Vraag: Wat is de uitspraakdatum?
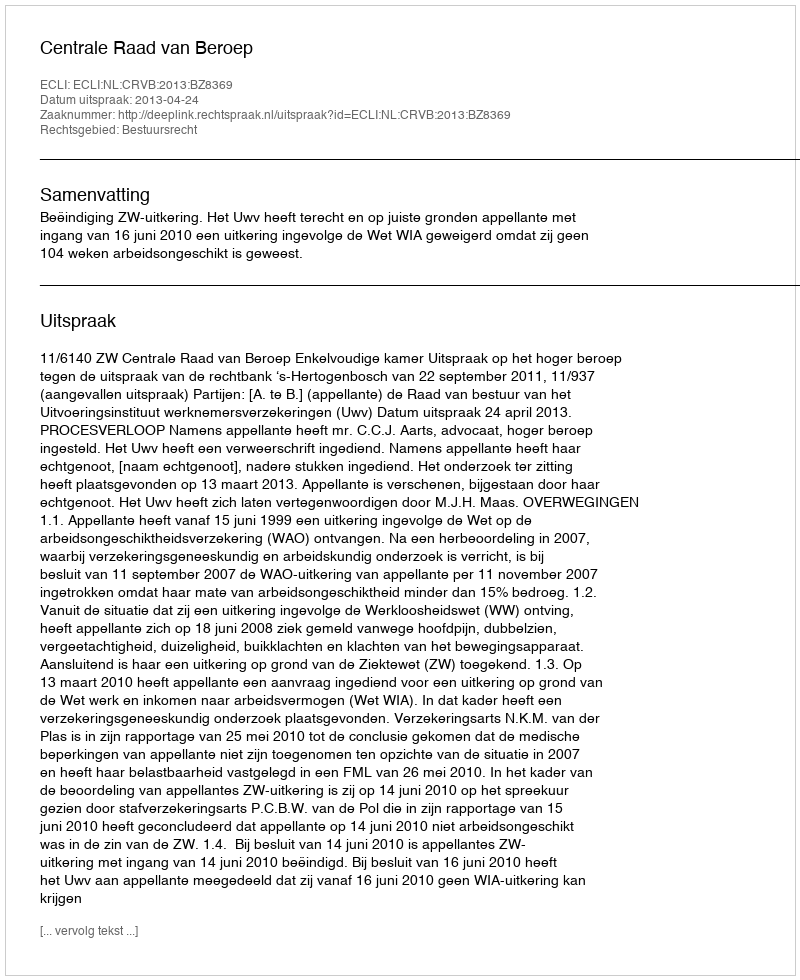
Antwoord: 2013-04-24